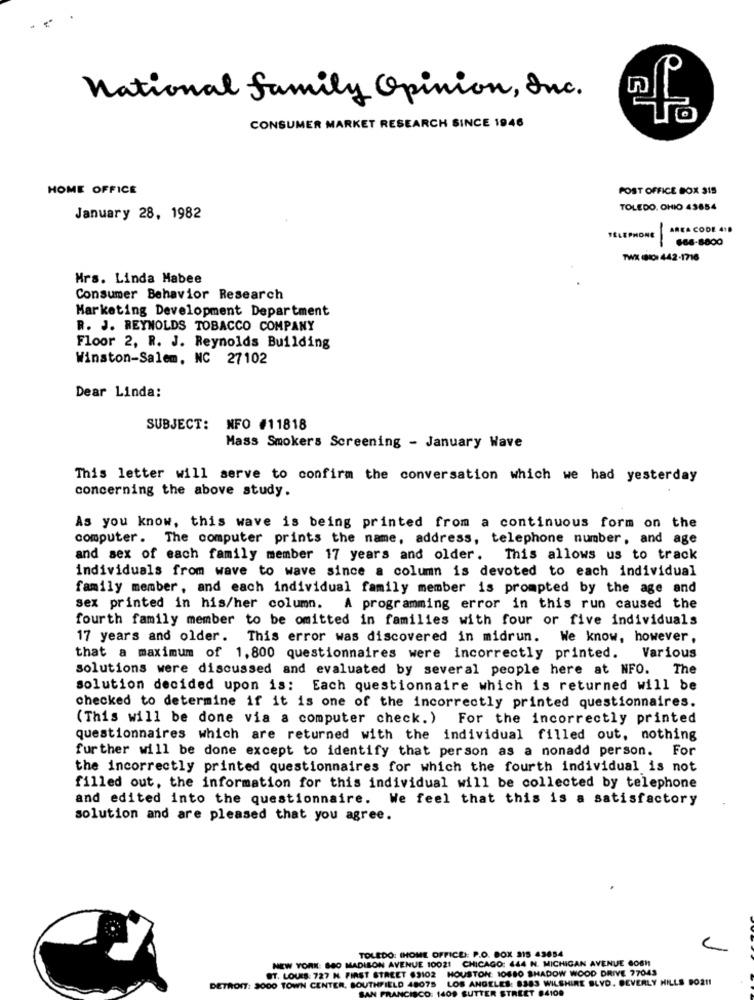
national family Opinion, Inc.
CONSUMER MARKET RESEARCH SINCE 1946
HOME OFFICE
POST OFFICE BOX 315
TOLEDO, OHIO 43854
January 28, 1982
AREA CODE 418
TELEPHONE
666-8800
TWIR(0) 442-1716
Mrs. Linda Habee
Consumer Behavior Research
Marketing Development Department
R. J. REYNOLDS TOBACCO COMPANY
Floor 2, R. J. Reynolds Building
Winston-Salem, NC 27102
Dear Linda:
SUBJECT: NFO #11818
Mass Smokers Screening - January Wave
This letter will serve to confirm the conversation which we had yesterday
concerning the above study.
As you know, this wave is being printed from a continuous form on the
computer. The computer prints the name, address, telephone number, and age
and sex of each family member 17 years and older. This allows us to track
individuals from wave to wave since a column is devoted to each individual
family member, and each individual family member is prompted by the age and
sex printed in his/her column. A programming error in this run caused the
fourth family member to be omitted in families with four or five individuals
17 years and older. This error was discovered in midrun. We know, however,
that a maximum of 1,800 questionnaires were incorrectly printed. Various
solutions were discussed and evaluated by several people here at NFO.
The
solution decided upon is: Each questionnaire which is returned will be
checked to determine if it is one of the incorrectly printed questionnaires.
(This will be done via a computer check.) For the incorrectly printed
questionnaires which are returned with the individual filled out, nothing
further will be done except to identify that person as a nonadd person. For
the incorrectly printed questionnaires for which the fourth individual is not
filled out, the information for this individual will be collected by telephone
and edited into the questionnaire. We feel that this is a satisfactory
solution and are pleased that you agree.
NEW YORK: 880 MADISON AVENUE 10021 CHICAGO: 444 N. MICHIGAN AVENUE GOSH
TOLEDO: IHOME OFFICE): P.O. BOX 315 43654
ST. LOUIS: 727 N. FIRST STREET 69102 HOUSTON: 10880 SHADOW WOOD DRIVE 77043
DETROIT: SOOO TOWN CENTER, SOUTHFIELD 48075 LOS ANGELES: 8383 WILSHIRE BLVD. BEVERLY HILLS POR !!
SAN FRANCISCO: 1409 SUTTER STREET 84100